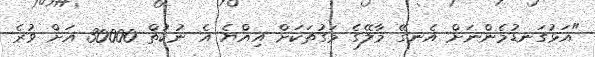
"އަޅުގަނޑުމެންނަށް އެނގޭ މާލޭގެ މަގުތަކަށް އިއްޔެ އެ ނުކުތް 30000 އަށް ވުރެ